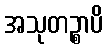
အသုတဉ္စာပိ